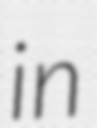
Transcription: in